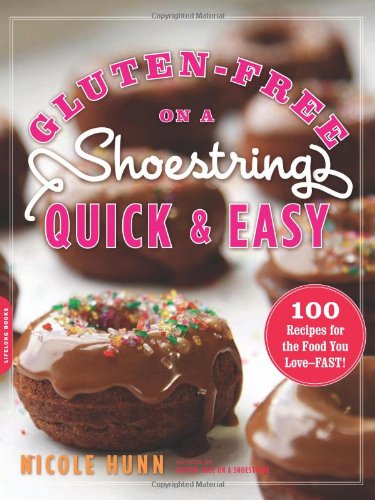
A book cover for Gluten-Free on a Shoestring, Quick and Easy: 100 Recipes for the Food You Love--Fast!; Nicole Hunn; Cookbooks, Food & Wine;